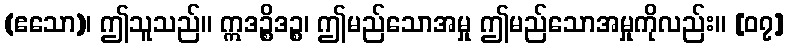
(ဧသော)၊ ဤသူသည်။ ဣဒဉ္စိဒဉ္စ၊ ဤမည်သောအမှု ဤမည်သောအမှုကိုလည်း။ [၀၇]